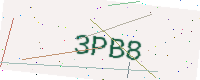
Text: 3PB8